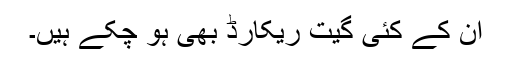
ان کے کئی گیت ریکارڈ بھی ہو چُکے ہیں۔